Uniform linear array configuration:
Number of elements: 16
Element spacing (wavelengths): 0.25
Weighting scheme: hamming
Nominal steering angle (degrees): -45
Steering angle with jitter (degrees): -43.669
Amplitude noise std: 0.05
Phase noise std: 0.05

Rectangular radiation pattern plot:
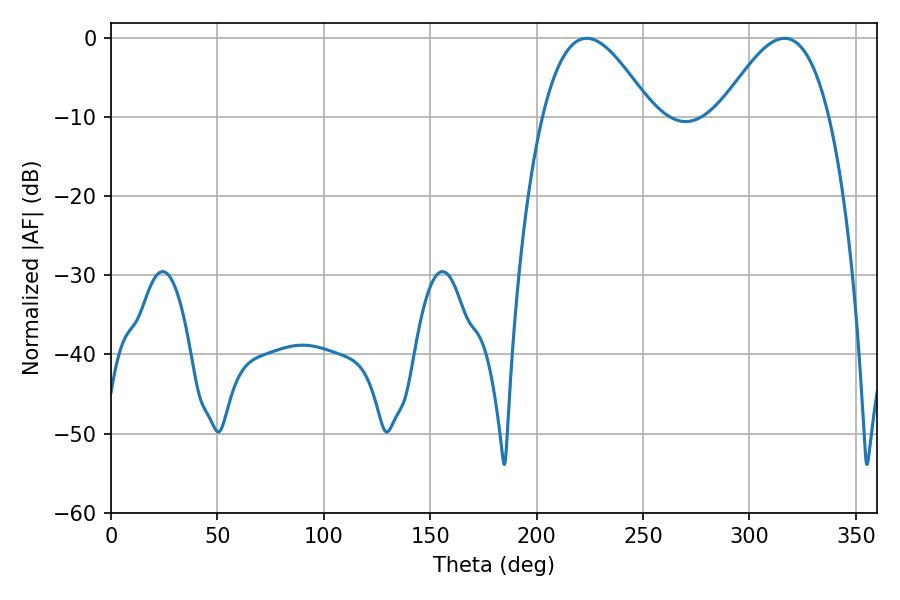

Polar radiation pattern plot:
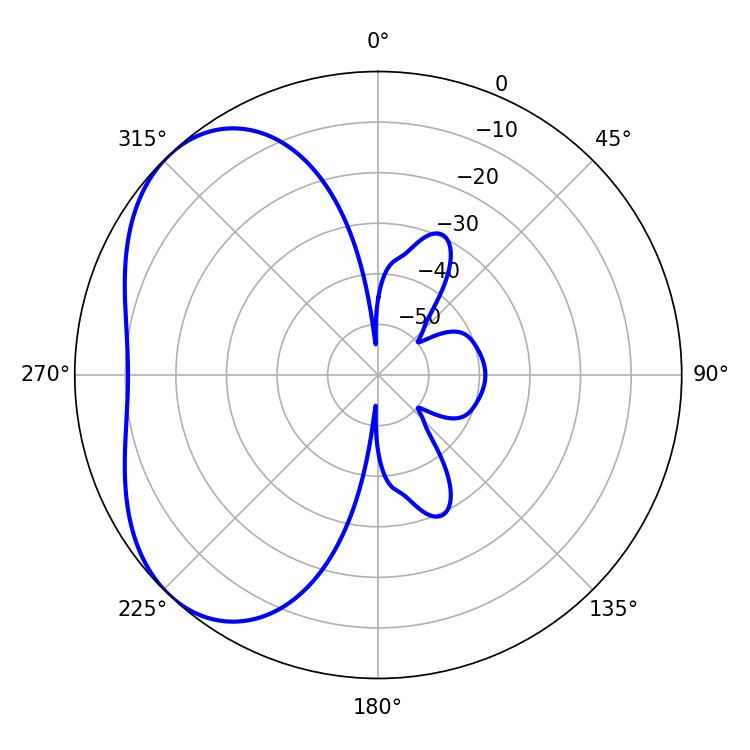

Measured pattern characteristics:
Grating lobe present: FALSE
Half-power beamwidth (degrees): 27.9
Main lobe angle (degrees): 223.56